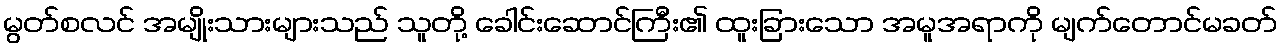
မွတ်စလင် အမျိုးသားများသည် သူတို့ ခေါင်းဆောင်ကြီး၏ ထူးခြားသော အမူအရာကို မျက်တောင်မခတ်